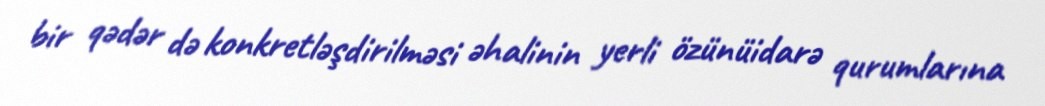
bir qədər də konkretləşdirilməsi əhalinin yerli özünüidarə qurumlarına